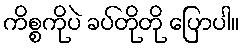
ကိစ္စကိုပဲ ခပ်တိုတို ပြောပါ။